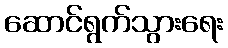
ဆောင်ရွက်သွားရေး